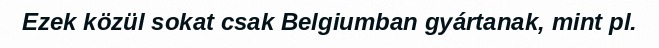
Ezek közül sokat csak Belgiumban gyártanak, mint pl.